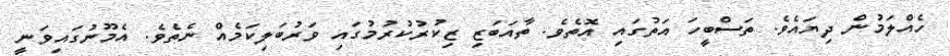
ހެއްލަމުން ދިޔައެވެ. ތަސްބީހަ އަތުގައި އޮތެވެ. ތާއަބަޒި ޒިކުރުކުރުމުގައި ވަރުބަލިކަމެއް ނެތެވެ. އެމޫނުގައިވަނީ